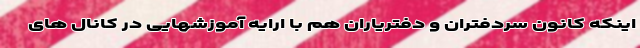
اینکه کانون سردفتران و دفتریاران هم با ارایه آموزشهایی در کانال های